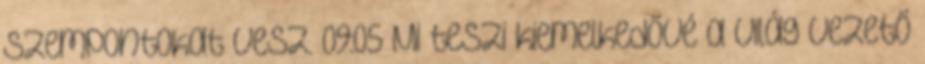
szempontokat vesz. 09:05 Mi teszi kiemelkedővé a világ vezető